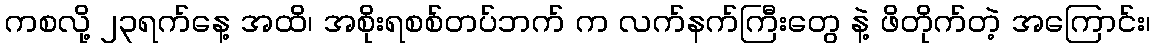
ကစလို့ ၂၃ရက်နေ့ အထိ၊ အစိုးရစစ်တပ်ဘက် က လက်နက်ကြီးတွေ နဲ့ ဖိတိုက်တဲ့ အကြောင်း၊